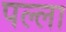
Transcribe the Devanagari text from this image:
पल्‍ला